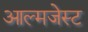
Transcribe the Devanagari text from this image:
आल्मजेस्ट